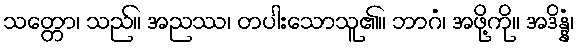
သတ္တော၊ သည်။ အညဿ၊ တပါးသောသူ၏။ ဘာဂံ၊ အဖို့ကို။ အဒိန္နံ၊